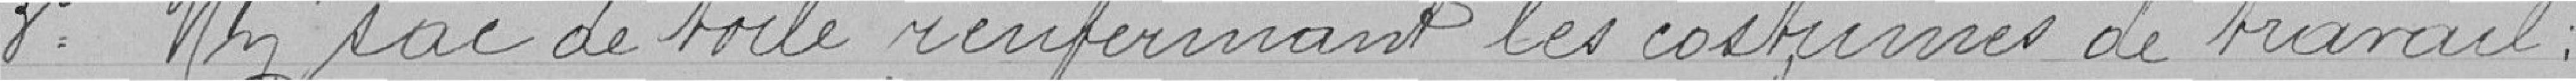
Un sac de toile renfermant les costumes de travail.